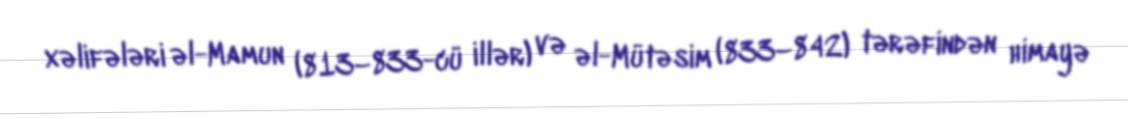
xəlifələri əl-Mamun (813–833-cü illər) və əl-Mütəsim (833–842) tərəfindən himayə